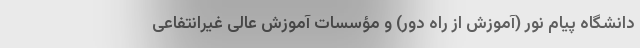
دانشگاه پیام نور (آموزش از راه دور) و مؤسسات آموزش عالی غیرانتفاعی